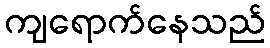
ကျရောက်နေသည်